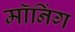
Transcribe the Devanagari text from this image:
मॉनिंग